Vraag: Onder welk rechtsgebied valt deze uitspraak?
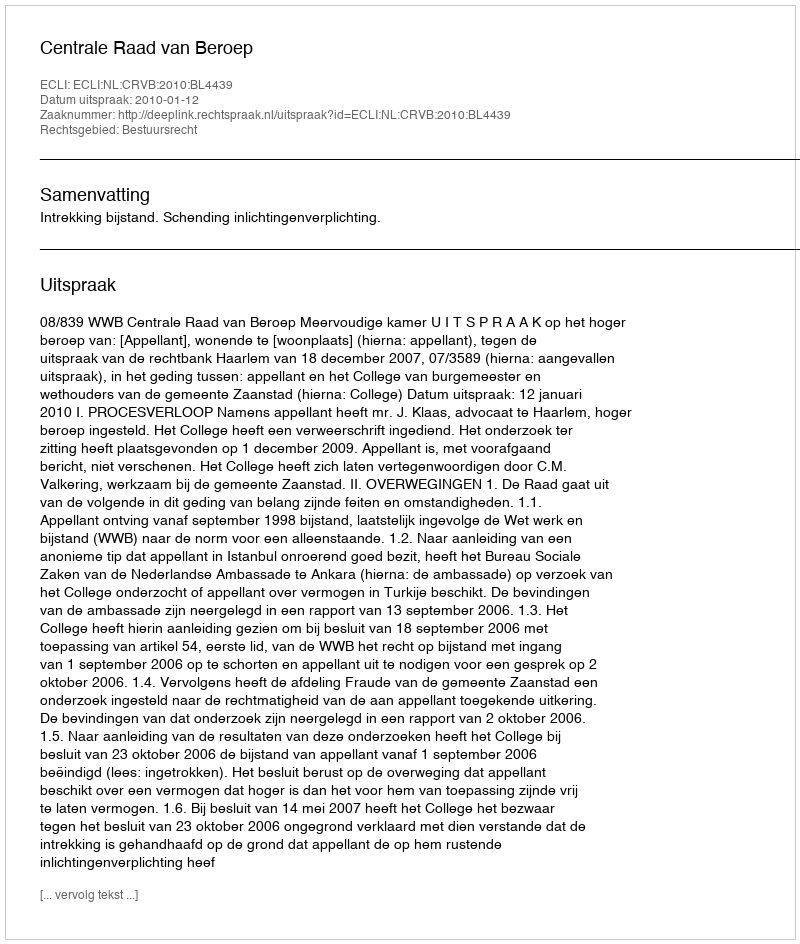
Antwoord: Bestuursrecht